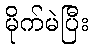
မိုက်မဲပြီး